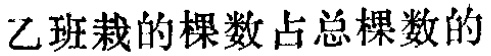
乙班栽的棵数占总棵数的